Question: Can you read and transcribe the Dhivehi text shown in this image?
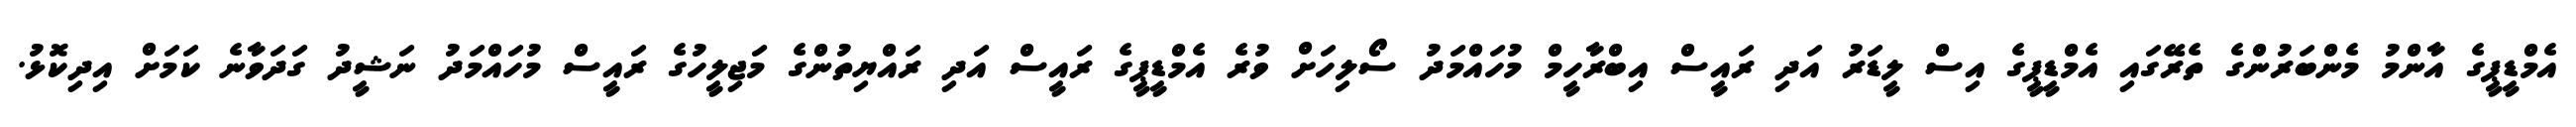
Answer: އެމްޑީޕީގެ އާންމު މެންބަރުންގެ ތެރޭގައި އެމްޑީޕީގެ އިސް ލީޑަރު އަދި ރައީސް އިބްރާހީމް މުހައްމަދު ސޯލިހަށް ވުރެ އެމްޑީޕީގެ ރައީސް އަދި ރައްޔިތުންގެ މަޖިލީހުގެ ރައީސް މުހައްމަދު ނަޝީދު ގަދަވާނެ ކަމަށް އިދިކޮޅު.